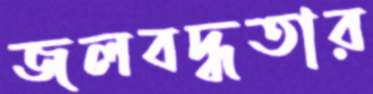
জলবদ্ধতার